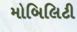
મોબિલિટી